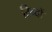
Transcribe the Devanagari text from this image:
रिन्दों